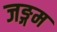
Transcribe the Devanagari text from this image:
जङ्गम